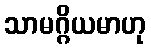
သာမဂ္ဂိယမာဟု